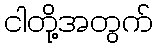
ငါတို့အတွက်